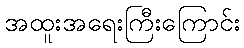
အထူးအရေးကြီးကြောင်း